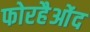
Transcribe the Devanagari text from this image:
फोरहैओंद